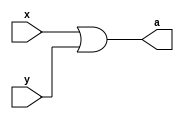
module my_or(output a , input x , input y);
	assign a = x|y;
endmodule
module my_and(output a , input x , input y);
	assign a = x&y;
endmodule
module my_not(output a , input x );
	assign a = ~x;
endmodule